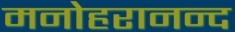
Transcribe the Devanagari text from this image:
मनोहरानन्द